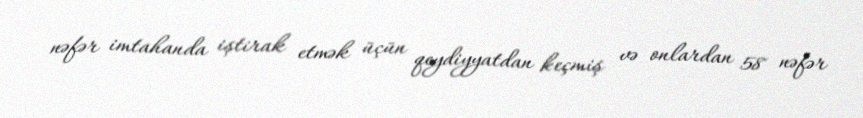
nəfər imtahanda iştirak etmək üçün qeydiyyatdan keçmiş və onlardan 58 nəfər